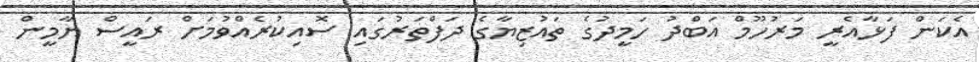
އެކަން ފަޅާއެރީ މަރުހޫމް އަބްދު ހަމީދުގެ ތައުޒިޔާގެ ދަފްތަރުގައި ސޮއިކުރެއްވުމަށް ރައީސް ޔާމީން